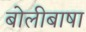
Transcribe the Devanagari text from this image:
बोलीबाषा